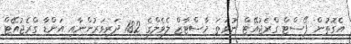
އެގޮތުން ޕޯސްޓް ގްރެޖުއޭޓް ނުވަތަ މާސްޓާޒް ލެވެލްގެ 182 ދަރިވަރުންނާއި އަންޑާ ގްރެޖުއޭޓް